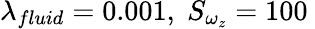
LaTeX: \lambda_{fluid}=0.001,\; S_{\omega_{z}}=100\